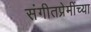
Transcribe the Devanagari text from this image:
संगीतप्रेमींच्या